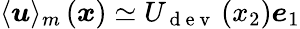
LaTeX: \langle\boldsymbol{u}\rangle_{m}\left(\boldsymbol{x}\right)\simeq U_{\mathrm{~d~e~v~}}\left(x_{2}\right)\boldsymbol{e}_{1}